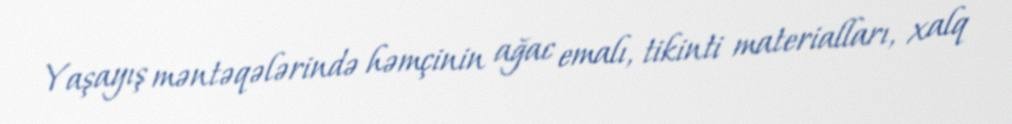
Yaşayış məntəqələrində həmçinin ağac emalı, tikinti materialları, xalq